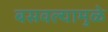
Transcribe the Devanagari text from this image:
बसवल्यामुळे